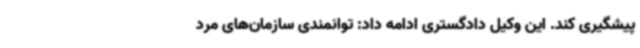
پیشگیری کند. این وکیل دادگستری ادامه داد: توانمندی سازمان‌های مرد